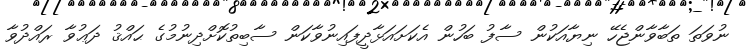
ނުވަތަ ތަބާވާންޖެހޭ ނިޔާއަކުން ސާފު ބަހުން އެކަށައަޅާދީފައިނުވާކަން ސާބިތުކޮށްދިނުމުގެ ޙައްޤު ދަޢުވާ ރައްދުވާ